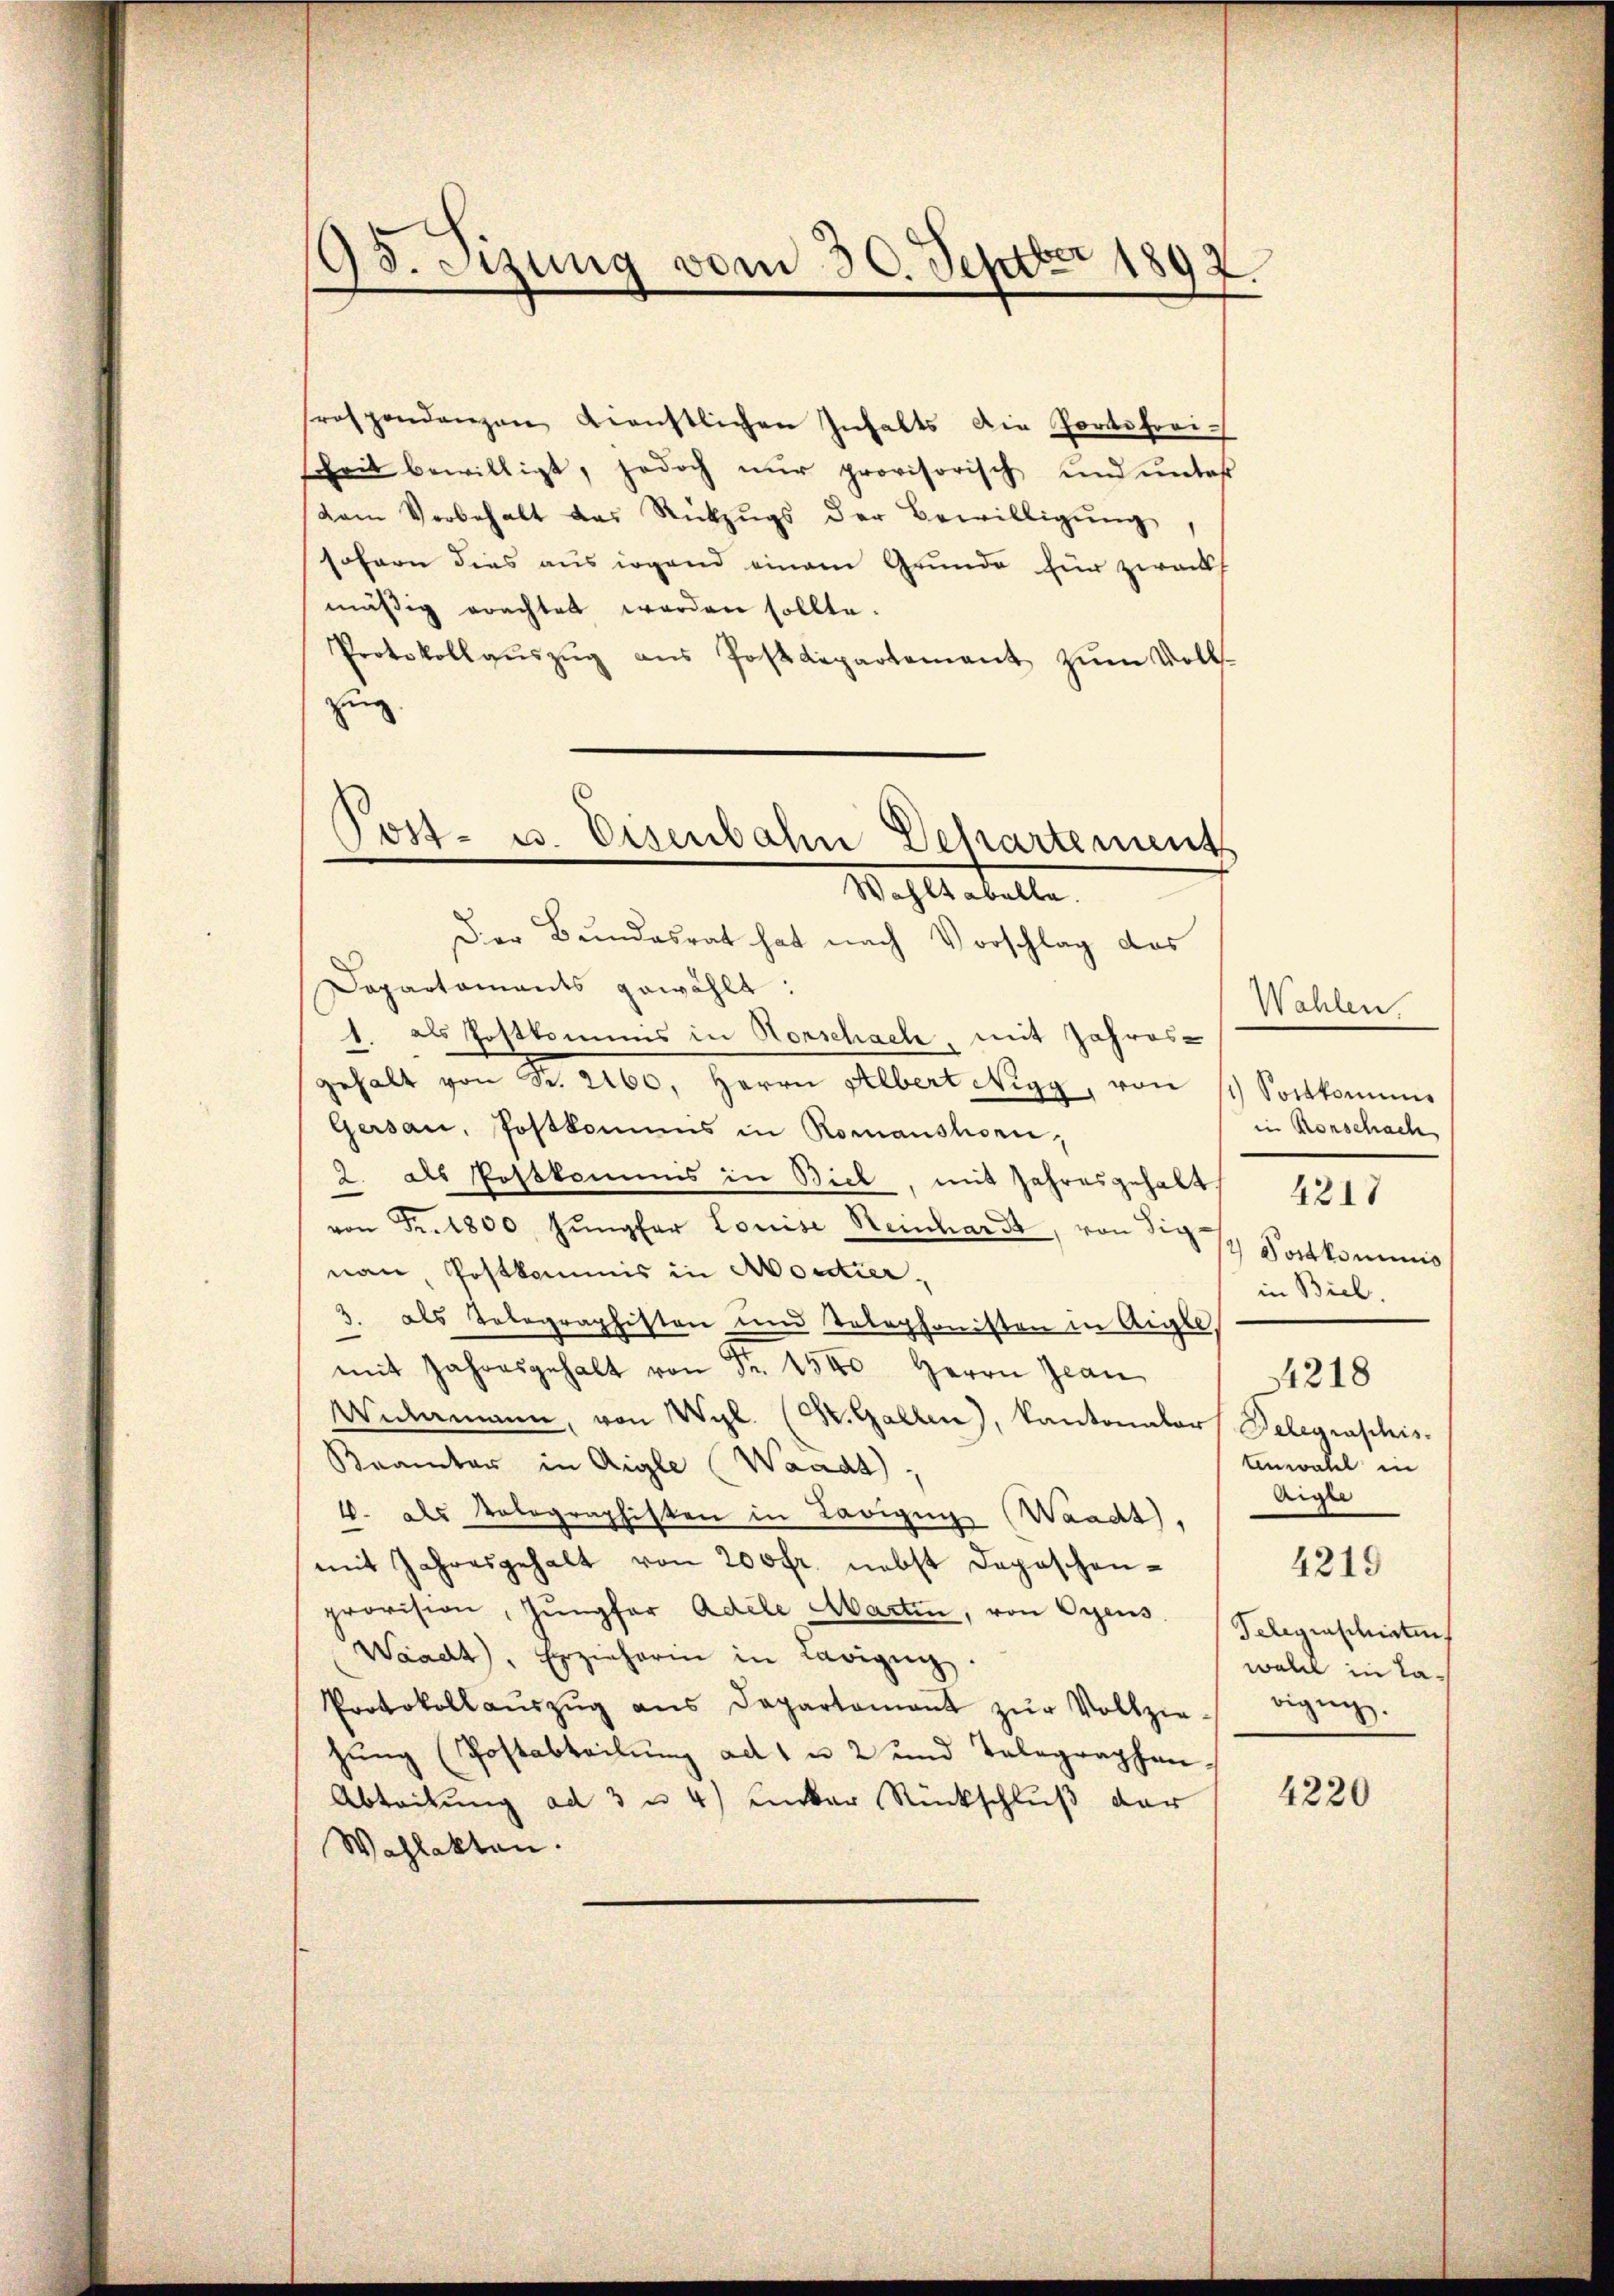
95. Sizung vom 30. Septbr 1897.

rospendanzen dienstlichen Inhalts die Portofreisheit bewilligt, jedoch nŭr provisorisch und unter
vem Vorbehalt das Rückzŭgs der Bewilligŭng
sofern dies aus irgend einem Grunde für zweck
mäßig erachtet werden sollte.
Protokollaŭszŭg ans Postdepartement zŭm Volls-
zing

ost- u. Eisenbahn Departements
Wahltabella.

Der Bundesrat hat nach Vorschlag des
Dapartaments gewählt:
1. als Postkommis in Horschach, mit Jahres-
gehalt von Sr. 2160. Herrn Albert Nigg, von 11 Sortkommni
Gersau, Postkommis in Romanshorn,
2. als Postkommis in Biel, mit Jahresgehalt 421
von Fr. 1800 Jungfer Louise Reinhard, von Signau, Postkommis in Moutier,
3. als Telegraphisten und Telephonisten in Aigle,
mit Jahresgehalt von Fr. 1500 Herrn Jean
Viamann, von Wyl. (St. Gallen), Kantonalar Delegraphis
tenwahl in
Bramter in Aigle (Waadt
Aigle
4. als Volographisten in Lavigin Waadt,
mit Jahresgehalt von 200 fr. nebst Depeschen-
provision, Jungfer Adele Martin, von Oyens.
Waadt, Erzieherin in Lavigŭg.
bigung.
Protokoll aŭszŭg ans Departamant zŭr Vollzie-
hŭng (Postabteilŭng ad 1 u 2 und Telegraphen-
4220
Abteilung ad 3 u 4) unter Rückschluß der
Wahlakten.

Wahlen.
in Rorschach
) Postkominis
in Biel.

4218

4219

Gelegenschieten
walch in La¬